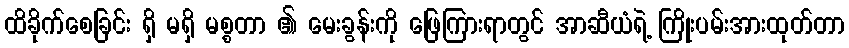
ထိခိုက်စေခြင်း ရှိ မရှိ မစ္စတာ ၏ မေးခွန်းကို ဖြေကြားရာတွင် အာဆီယံရဲ့ ကြိုးပမ်းအားထုတ်တာ